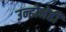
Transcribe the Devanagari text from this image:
उन्होनेही